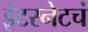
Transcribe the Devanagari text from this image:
इंटरनेटचं